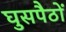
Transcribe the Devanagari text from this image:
घुसपैठों